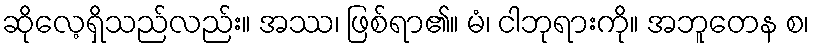
ဆိုလေ့ရှိသည်လည်း။ အဿ၊ ဖြစ်ရာ၏။ မံ၊ ငါဘုရားကို။ အဘူတေန စ၊